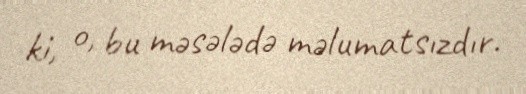
ki, o, bu məsələdə məlumatsızdır.